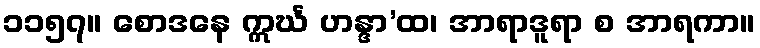
၁၁၅၇။ စောဒနေ ဣင်္ဃ ဟန္ဒာ’ထ၊ အာရာဒူရာ စ အာရကာ။